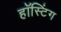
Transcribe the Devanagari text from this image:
हॉस्टिंग